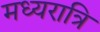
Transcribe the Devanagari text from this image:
मध्‍यरात्रि